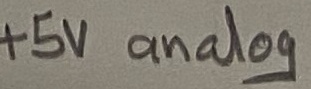
Text: +5V analog